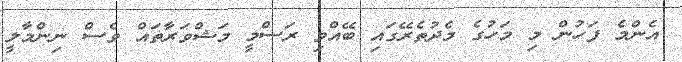
އެންމެ ފަހުން މި މަހުގެ މެދުތެރޭގައި ބޭއްވި ރަސްމީ މަޝްވަރާތައް ވެސް ނިންމާލީ